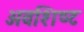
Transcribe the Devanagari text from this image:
अवशिष्‍ट